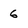
Character: 6